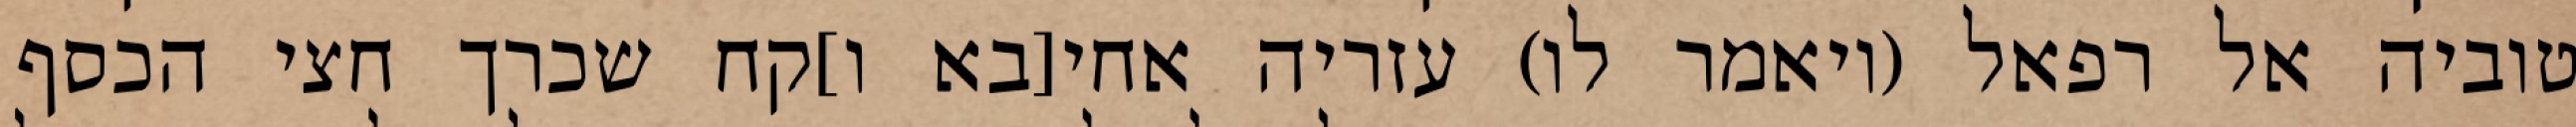
טוביה אל רפאל (ויאמר לו) עזריה אחי[בא ו]קח שכרך חצי הכסף